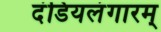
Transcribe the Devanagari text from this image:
दंडियलंगारम्